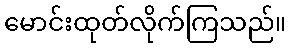
မောင်းထုတ်လိုက်ကြသည်။